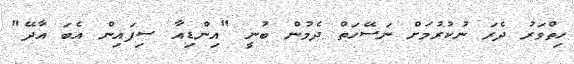
ހިތްވަރު ދެރަ ނުކުރުމަށް ނަސޭހަތް ދެމުން ބުނީ "އިންޑިއާ ސިފައިން އެބަ އާދޭ"